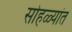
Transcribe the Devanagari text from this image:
सोहळ्यांत